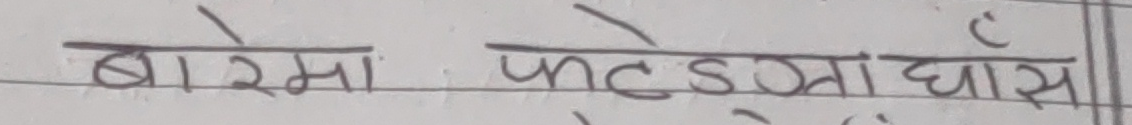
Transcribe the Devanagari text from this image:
बारिमा फटुग्रा घास